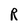
Character: R